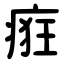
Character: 㾠